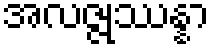
အလဇ္ဇုဿန္နာ